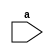
module hi (
    a
);
    input a;
endmodule